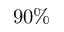
9 0 \%